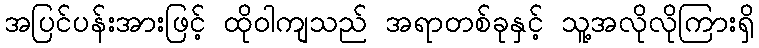
အပြင်ပန်းအားဖြင့် ထိုဝါကျသည် အရာတစ်ခုနှင့် သူ့အလိုလိုကြားရှိ